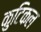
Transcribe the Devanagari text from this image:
कुटिकल